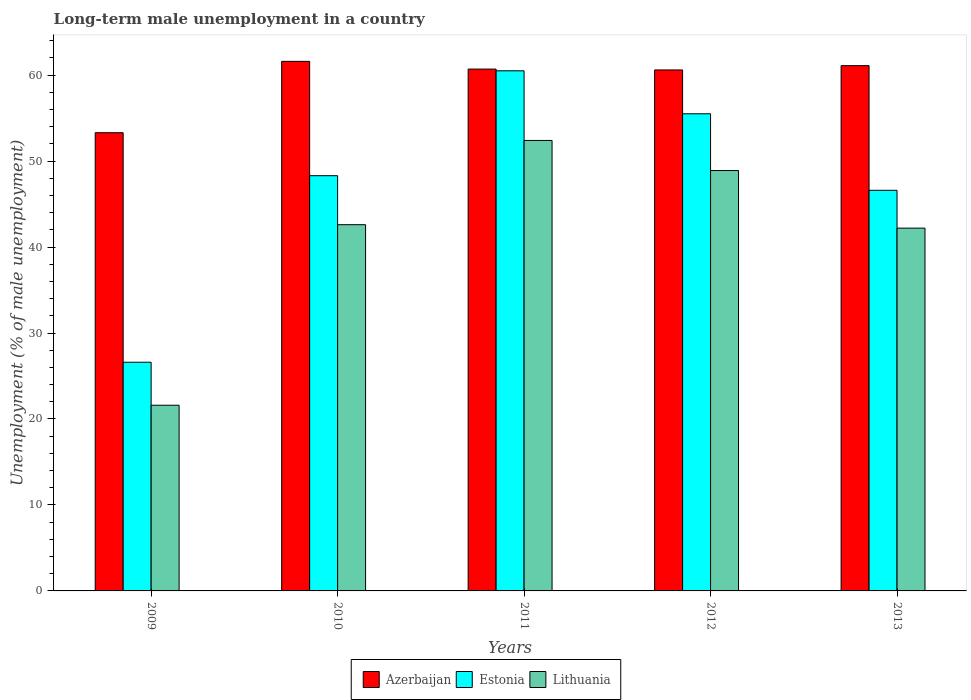
| Years | Azerbaijan | Estonia | Lithuania |
 | --- | --- | --- | --- |
 | 2009 | 53.3 | 26.6 | 21.6 |
 | 2010 | 61.6 | 48.3 | 42.6 |
 | 2011 | 60.7 | 60.5 | 52.4 |
 | 2012 | 60.6 | 55.5 | 48.9 |
 | 2013 | 61.1 | 46.6 | 42.2 |